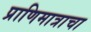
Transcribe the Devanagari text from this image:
प्राणिमात्राचा